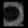
Digit: ၀